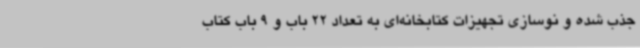
جذب شده و نوسازی تجهیزات کتابخانه‌ای به تعداد 22 باب و 9 باب کتاب